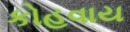
કોહવાય